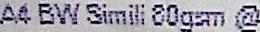
A4 BW SIMILI 80GSM @